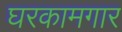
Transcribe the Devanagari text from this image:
घरकामगार